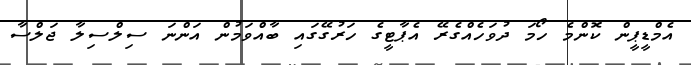
އެމްޑީޕީން ކޮންމެ ހޯމަ ދުވަހެއްގެރޭ އެޕާޓީގެ ހަރުގޭގައި ބާއްވަމުން އަންނަ ސިލްސިލާ ޖަލްސާ